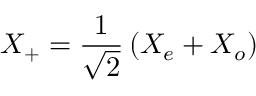
X _ { + } = \frac { 1 } { \sqrt { 2 } } \left( X _ { e } + X _ { o } \right)